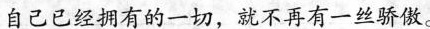
自己已经拥有的一切，就不再有一丝骄傲。